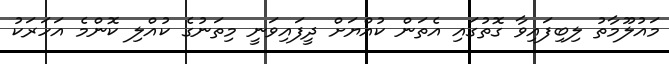
މައުލޫމާތު ލިބިފައިވާ ގޮތުގައި އެތަން ކުއްޔަށް ދީފައިވަނީ މިތަނުގެ ކުއްލި ކޮންމެ އަހަރަކު